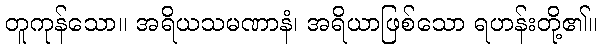
တူကုန်သော။ အရိယသမဏာနံ၊ အရိယာဖြစ်သော ရဟန်းတို့၏။